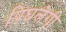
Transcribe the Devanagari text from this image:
पिघलेगी